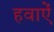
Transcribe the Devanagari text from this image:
हवाऐं